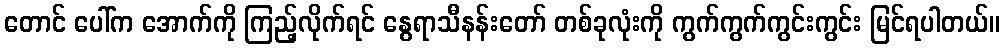
တောင် ပေါ်က အောက်ကို ကြည့်လိုက်ရင် နွေရာသီနန်းတော် တစ်ခုလုံးကို ကွက်ကွက်ကွင်းကွင်း မြင်ရပါတယ်။